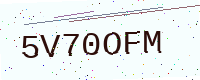
Text: 5V70OFM